Indian journal of veterinary science and animal husbandry - Volumes 18-21, 1948-1951
Year: 1948
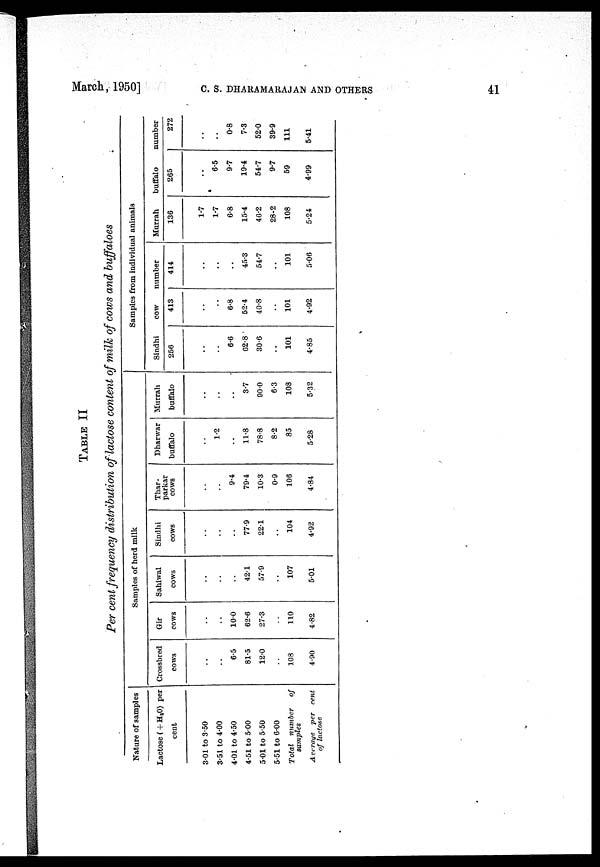
March, 1950]
C.
S.
DHARAMARAJAN
AND
OTHERS
41
TABLE II
Per cent frequency distribution of lactose content of milk of cows and buffaloes
Nature of samples
Lactose (+H 2 O) per
cent
3.01 to 3.50
3.51 to 4.00
4.01 to 4.50
4.51 to 5.00
5.01 to 5.50
5.51 to 6.00
Total number
of
samples
Average per cent
of lactose
Samples of herd milk
Crossbred
cows
..
..
6.5
81.5
12.0
..
108
4.90
Gir
cows
..
..
10.0
62.6
27.3
..
110
4.82
Sahiwal
cows
..
..
..
42.1
57.9
..
107
5.01
Sindhi
cows
..
..
..
77.9
22.1
..
104
4.92
Thar-
parkar
cows
..
..
9.4
79.4
10.3
0.9
106
4.84
Dharwar
buffalo
..
1.2
..
11.8
78.8
8.2
85
5.28
Murrah
buffalo
..
..
..
3.7
90.0
6.3
108
5.32
Samples from individual animals
Sindhi
256
..
..
6.6
62.8
30.6
..
101
4.85
cow
413
..
..
6.8
52.4
40.8
..
101
4.92
number
414
..
..
..
45.3
54.7
..
101
5.06
Murrah
136
1.7
1.7
6.8
15.4
46.2
28.2
108
5.24
buffalo
265
..
6.5
9.7
19.4
54.7
9.7
59
4.99
number
272
..
..
0.8
7.3
52.0
39.9
111
5.41